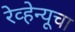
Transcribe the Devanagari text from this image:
रेव्हेन्यूचा